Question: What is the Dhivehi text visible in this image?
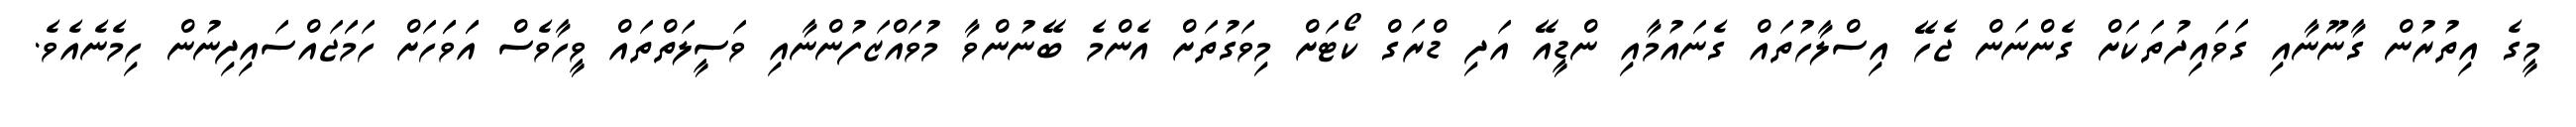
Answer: މީގެ އިތުރުން ގާނޫނާއި ގަވައިދުތަކަށް ގެންނަން ޖެހޭ އިސްލާހުތައް ގެނައުމާއި ންޑީއޭ އަދި ޑްރަގް ކޯޓަށް މިވަގުތަށް އެންމެ ބޭނުންވާ މުވައްޒަފުންނާއި ވަސީލަތްތައް ވީހާވެސް އަަވަަހަށް ހަމަަޖައްސައިދިނުން ހިމެނެއެވެ.